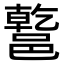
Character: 𨝝